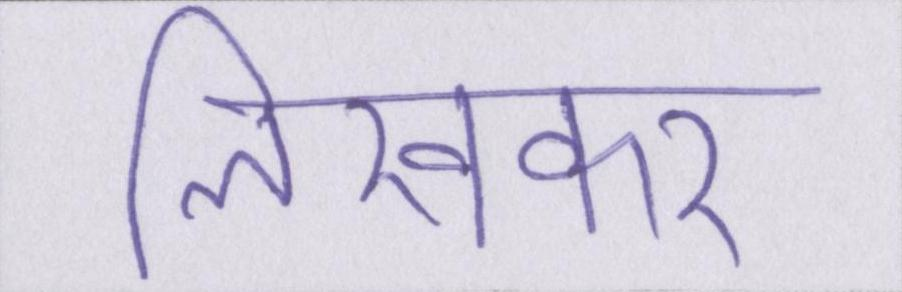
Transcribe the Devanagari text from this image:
लिखकर